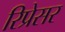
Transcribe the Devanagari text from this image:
रिप्रेसर